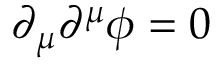
\partial _ { \mu } \partial ^ { \mu } \phi = 0